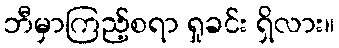
ဘီမှာကြည့်စရာ ရှုခင်း ရှိလား။